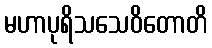
မဟာပုရိသသေဝိတောတိ